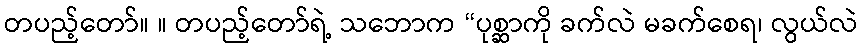
တပည့်တော်။ ။ တပည့်တော်ရဲ့ သဘောက “ပုစ္ဆာကို ခက်လဲ မခက်စေရ၊ လွယ်လဲ